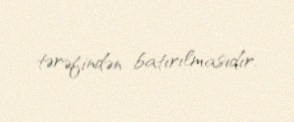
tərəfindən batırılmasıdır.